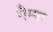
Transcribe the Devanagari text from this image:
गैम्पा